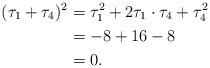
LaTeX: \begin{align*} (\tau_1 + \tau_4)^2 &= \tau_1^2 + 2 \tau_1 \cdot \tau_4 + \tau_4^2 \\ &= - 8 + 16 - 8 \\ &= 0.\end{align*}